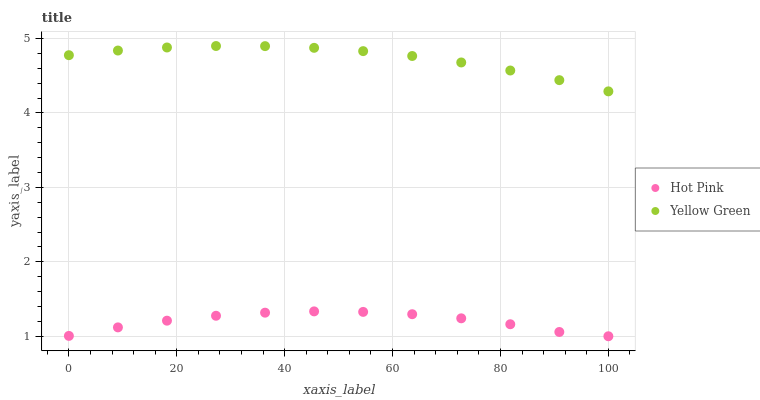
| xaxis_label | Hot Pink | Yellow Green |
 | --- | --- | --- |
 | 0 | 1 | 4.78 |
 | 9.09 | 1.12 | 4.84 |
 | 18.2 | 1.21 | 4.88 |
 | 27.3 | 1.28 | 4.9 |
 | 36.4 | 1.32 | 4.9 |
 | 45.5 | 1.33 | 4.87 |
 | 54.5 | 1.33 | 4.83 |
 | 63.6 | 1.3 | 4.76 |
 | 72.7 | 1.24 | 4.68 |
 | 81.8 | 1.16 | 4.57 |
 | 90.9 | 1.06 | 4.44 |
 | 100 | 1 | 4.29 |